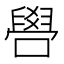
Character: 𠿟